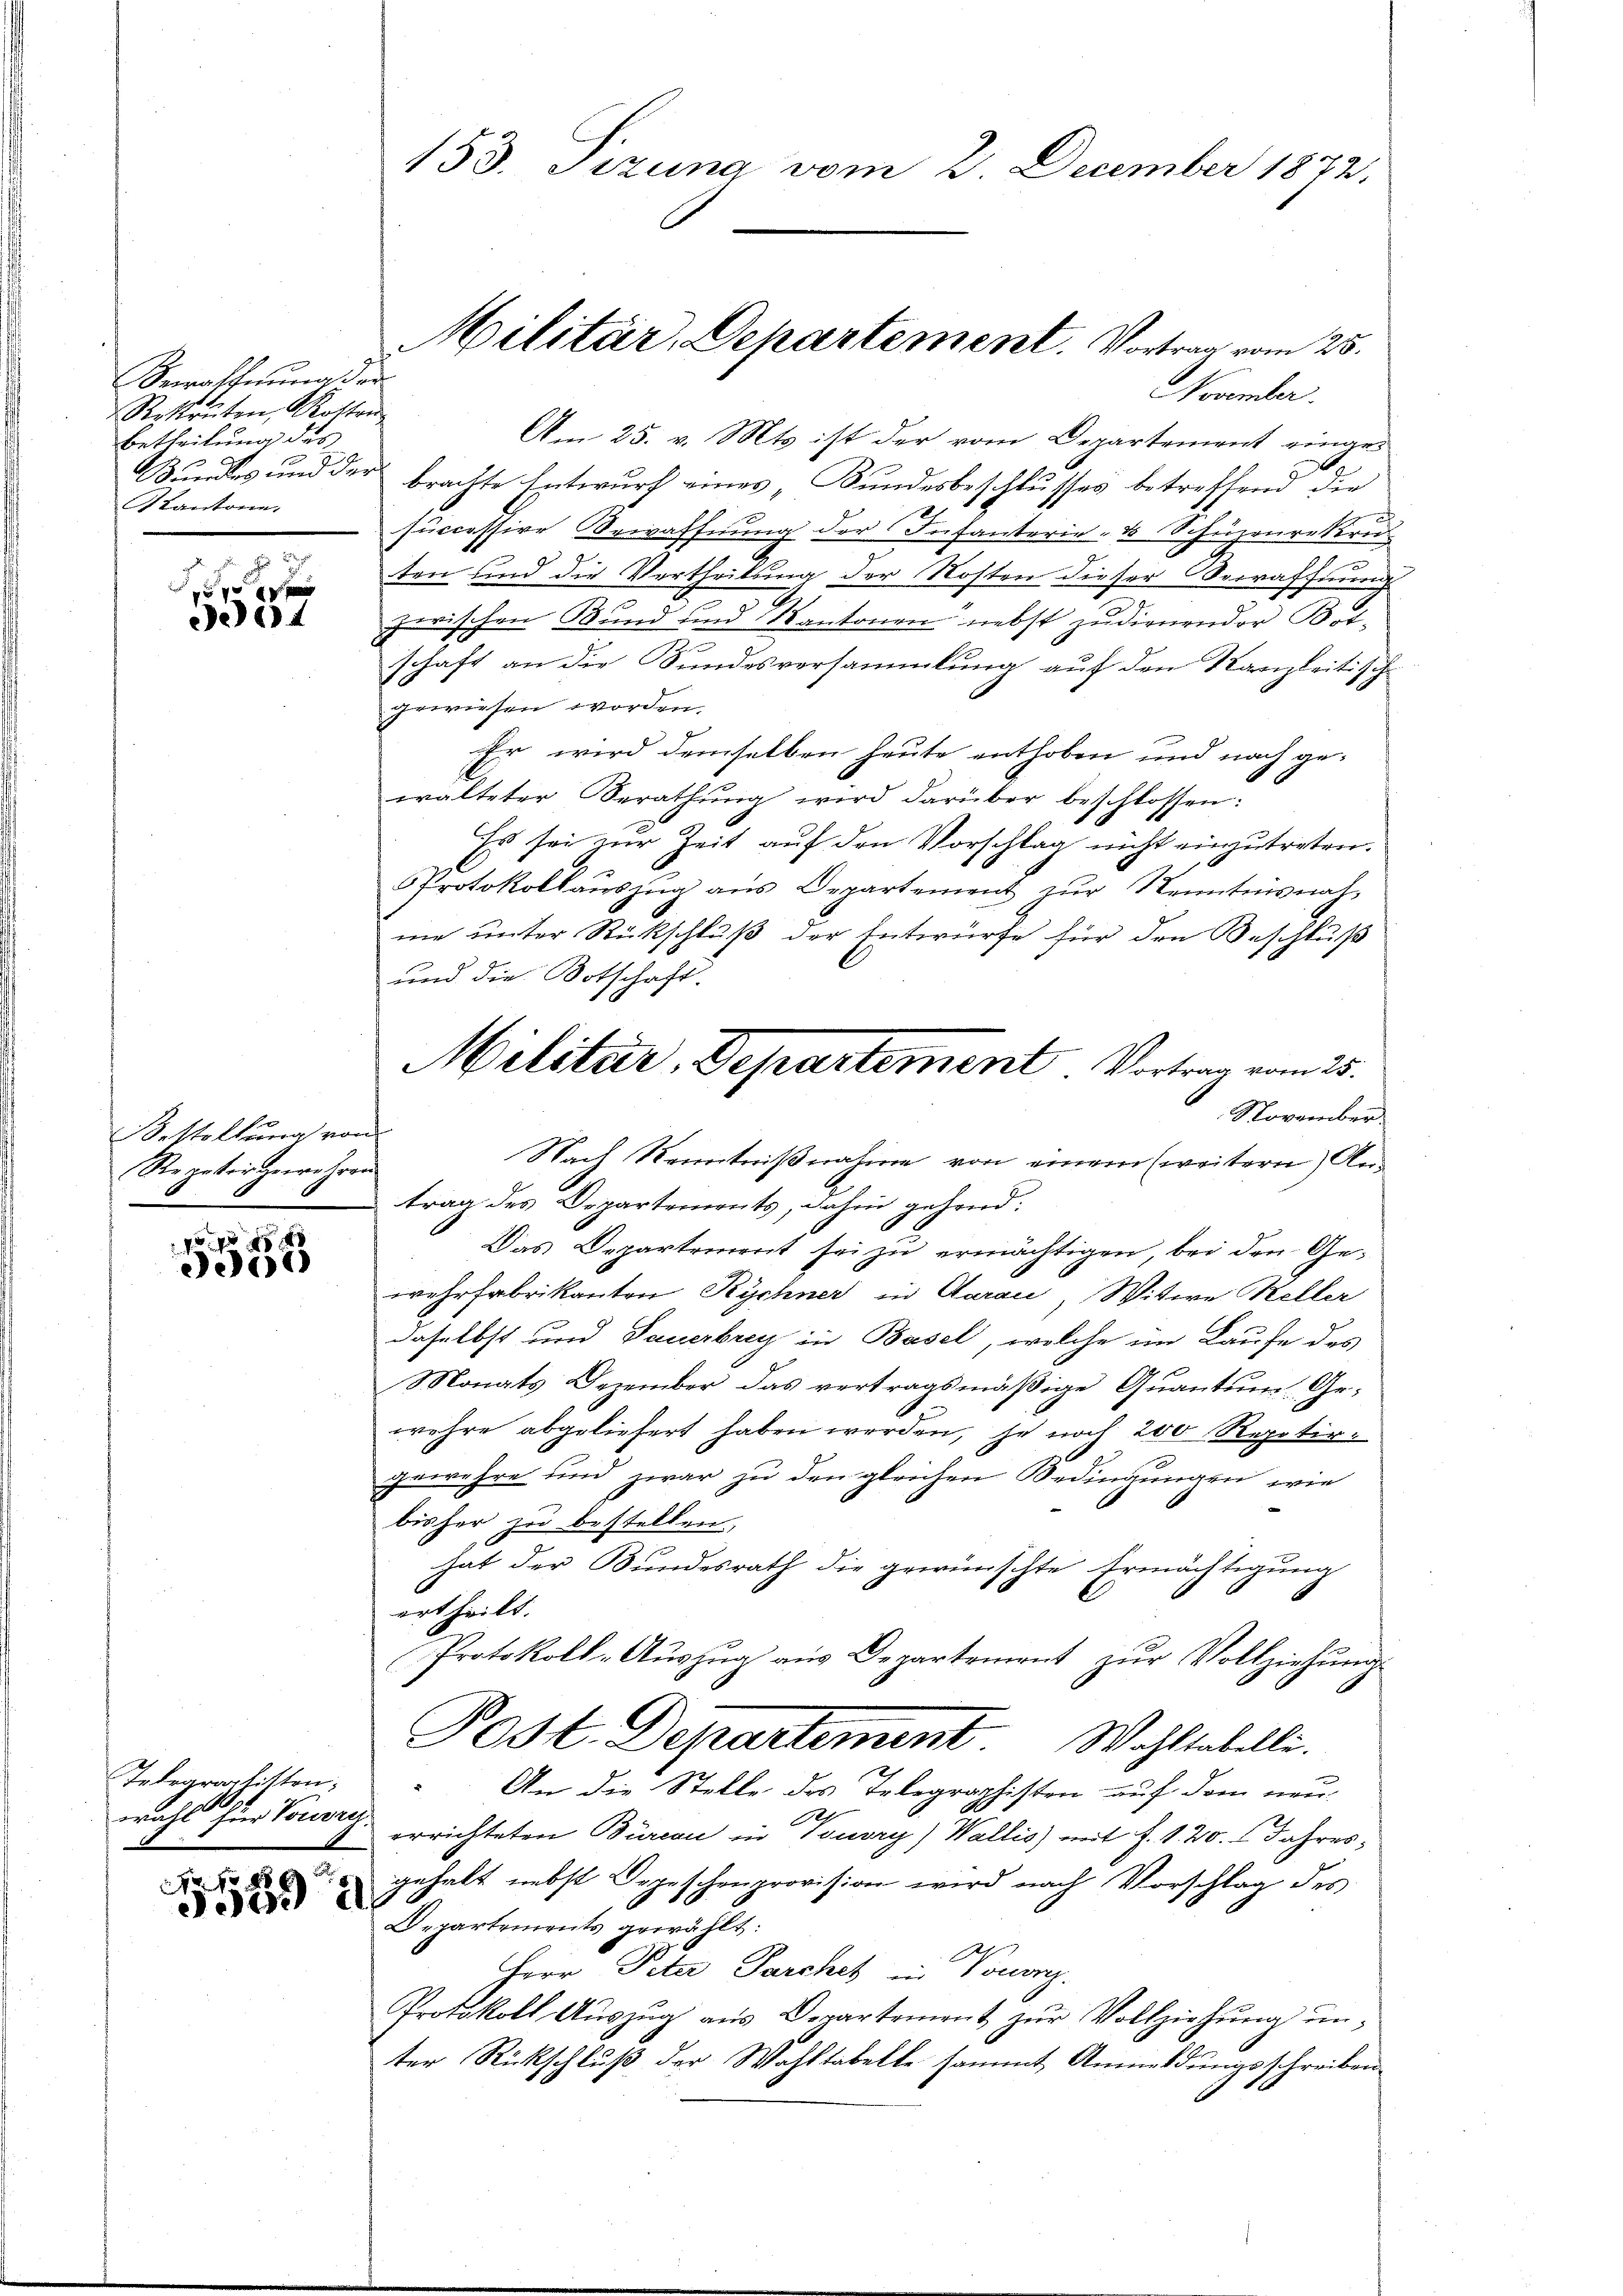
Bewaffnung der
Rekruten, Rotten
Betheilung des
 x
Akantone.

x
4

Bestellung von
Repetir geehren

xxx
ei

Telegraphitten.

No 88
Jorda

November.
Am 25. v. Mts. ist der vom Departement einars
6
Bundes und der brachte Entwurf eines „Bundesbeschlusses betreffend die
successive ewaffnung der Infanterie- & Schüzrurekern
e
ten und die Vertheilung der Nosten dieser Vorrafsinnung
zwischen Bund und Kantonen nebst zudienender Botschaft an die Sundesversammlung auf den Kanzleitisch
gewiesen worden.
Er wird demselben heute enthoben und nach gewalteter Berathŭng wird darüber beschlossen:
Es sei zur Zeit auf den Vorschlag nicht einzutreten.
Protokollauszug aus Departement zur Kenntnisnat,
me unter Rückschluß der Entwürfe für den Beschluß
und die Botschaft.
November.
Das Departement sei zu ermächtigen, bei den Gewehrfabrikanten Rychner in Aarau, Witwe Keller
daselbst und Dauerbrey in Basel, welche im Laufe des
Monats Dezember das vertragsmäßige Quantum Gewehre abgeliefert haben werden, je noch 200 Repetir-
gewehre und zwar zu den gleichen Bedingungen, wie
bisher zu bestellen.
hat der Bundesrath die gewünschte Ermächtigung
ertheilt.
Protokoll-Aŭszŭg aŭs Departement zŭr Vollziehŭng
Post. Departement Wohltabelli.
An die Stelle des Telegraphisten auf dem neu-
h
wahl für Sonne errichteten Büreau in Gouvry) Wallis) mit f. 120. Jahresgehalt nebst Depeschenprovision wird nach Vorschlag des
76
Departements gewählt:
Herr Peter Parchet in Vouvrz.
Protokoll Auszug aus Derartement zur Vollziehung unter Rückschluß der Wahltabelle sammt Anmeldungsschreiben

153. Sizung vom 2. December 1872.

Militär, Departement. Vortrag vom 25.

Militär-Departement Vortrag vom 25.
Nach Kenntnißnahme von einem (weitern) Antrag des Departements, dahin gehend:
g